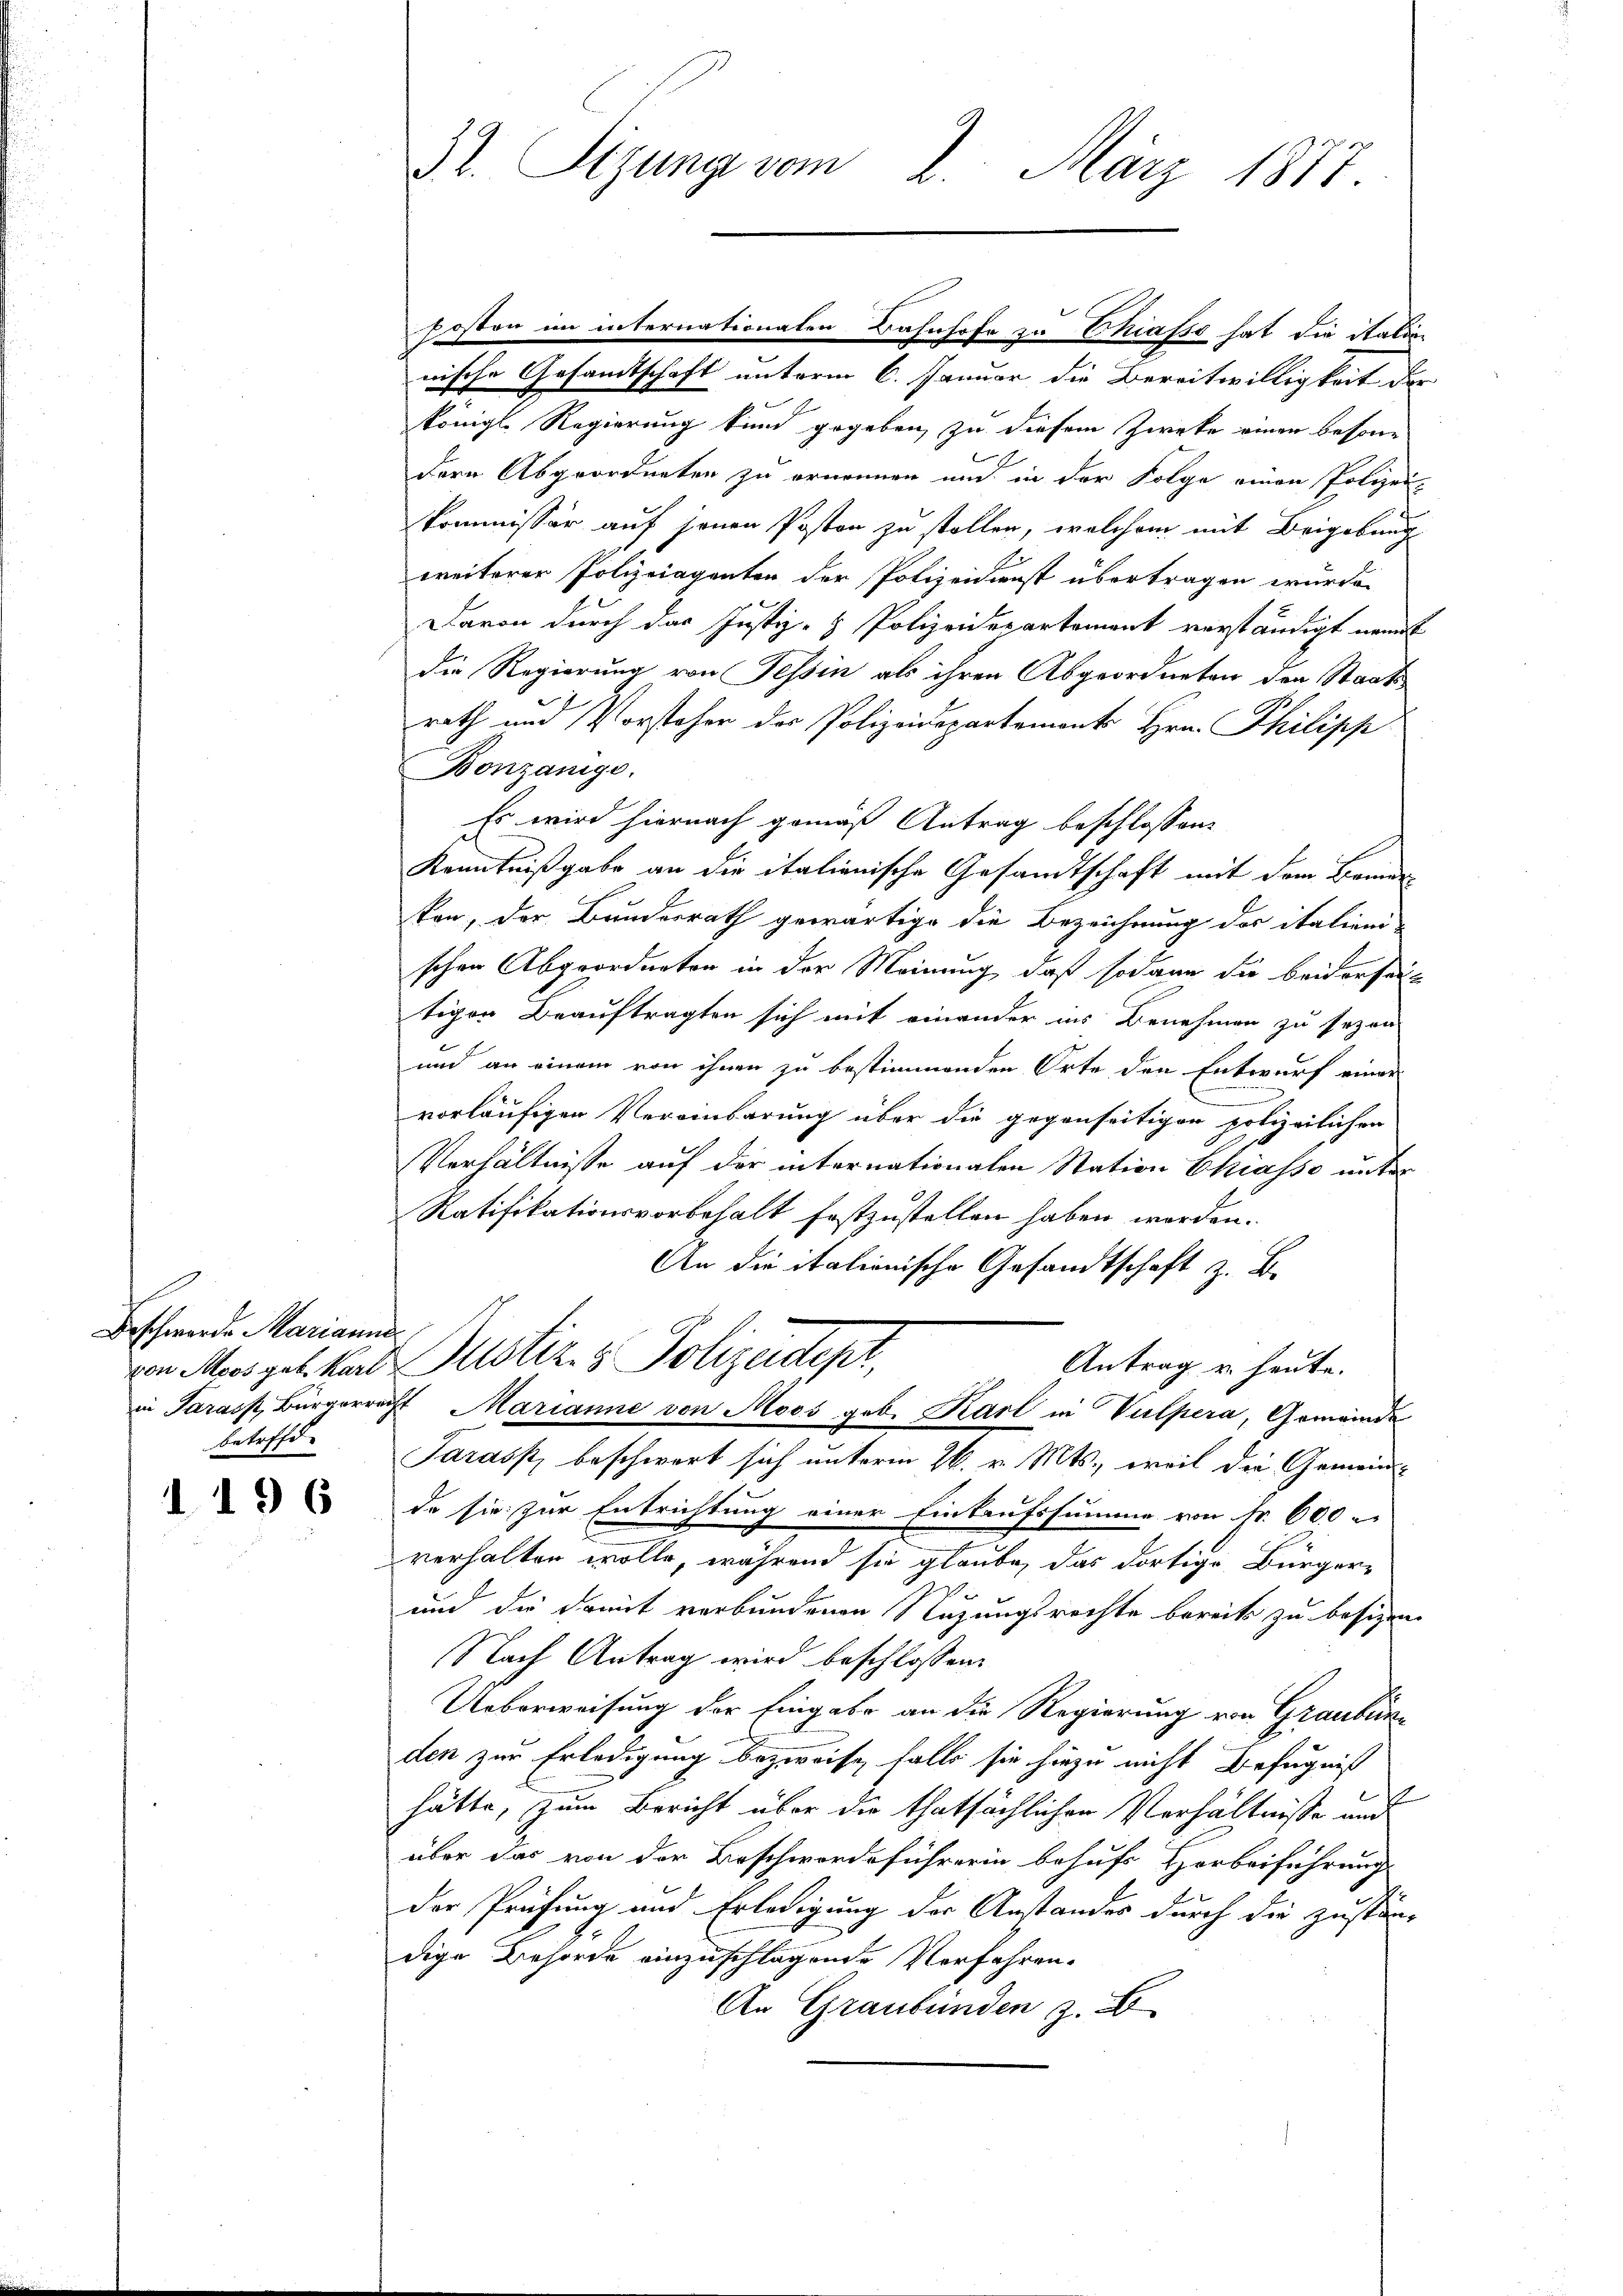
Beschwerde Marianna
betreff

1196

wische Gesandtschaft unterm 6. Januar die Bereitwilligkeit der
königl. Regierung kund gegeben, zu diesem Zwecke einen besone
dern Abgeordneten zu ernennen und in der Folge einen Polizei-
kommissor auf jenen Posten zu stellen, welchem mit Beigebung
weiterer Polizeiaganten der Polizeidienst übertragen wurde.
Davon durch der Justiz- & Polizeidepartement verständigt nannt
die Regierung von Tessin als ihren Abgeordneten der Staatsrath und Vorsteher der Polizeidepartement Hrn. Philipp
Bonzanige.
Es wird hiernach gemäß Antrag beschlossen:
Kenntnißgabe an die italienische Gesandtschaft mit dem Bemer
ken, der Bundesrath gewärtige die Bezeichnung des italienischen Abgeordneten in der Meinung, daß sodann die beiderfen
tigen Beauftragten sich mit einander in Benehmen zu sezen-
und an einem von ihnen zu bestimmenden Orte den Entwurf einer
vorläufigen Vereinbarung über die gegenseitigen polizeilichen
Verhältnisse auf der internationalen Station Chiasso unter
Ratifikationsvorbehalt festzustellen haben worden.
An die italionische Gesandtschaft z. B.
von Moos geb. Karl Justiz- & Polizeidept,
Antrag u. heute.
in Paras, Bürgerrecht Marianne von Moos geb. Karl in Vulpera, Gemeinde
Tarass, beschwert sich unterm 26. v. Mts., weil die Gemeind-
da sie zur Entrichtung einer Einkaufssumme von Fr. 600
verhalten wolle, während sie glaube, das dortige Bürger¬
und die damit verbundenen Stützungsrechte bereits zu besizen
Nach Antrag wird beschlossen:
Ueberweisung der Eingabe an die Regierung von Graubünden zur Erledigung bezweife, falle sie hiezu nicht Befugniß
E
hätte, zum Bericht über die thatsächlichen Verhältnisse und
über das von der Beschwerdeführerin behufs Horbeiführung
der Prüfung und Erledigung der Anstander durch die zustän-
dige Behörde einzuschlagende Verfahren.
An Graubünden z. B

3t. Sizung vom 2. März 1877.

Posten im internationaten Bahnhofe zu Chiasso hat die Ration